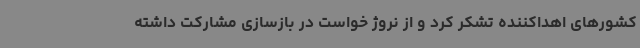
کشورهای اهداکننده تشکر کرد و از نروژ خواست در بازسازی مشارکت داشته